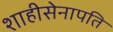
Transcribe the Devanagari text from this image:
शाहीसेनापति